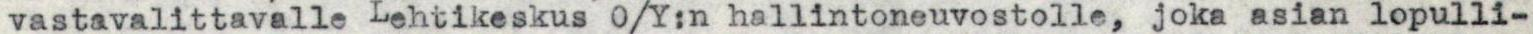
vastavalittavalle Lehtikeskus O/Y:n hallintoneuvostolle, joka asian lopulli-